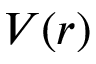
V ( r )